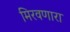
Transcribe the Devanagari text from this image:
मिरवणारा